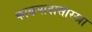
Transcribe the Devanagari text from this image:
काकपादासारखा